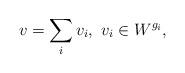
LaTeX: \begin{align*}v = \sum_i v_i, \,\, v_i \in W^{g_i},\end{align*}